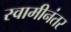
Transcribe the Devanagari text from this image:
स्वामीनंतर